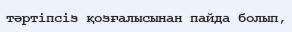
тәртіпсіз қозғалысынан пайда болып,